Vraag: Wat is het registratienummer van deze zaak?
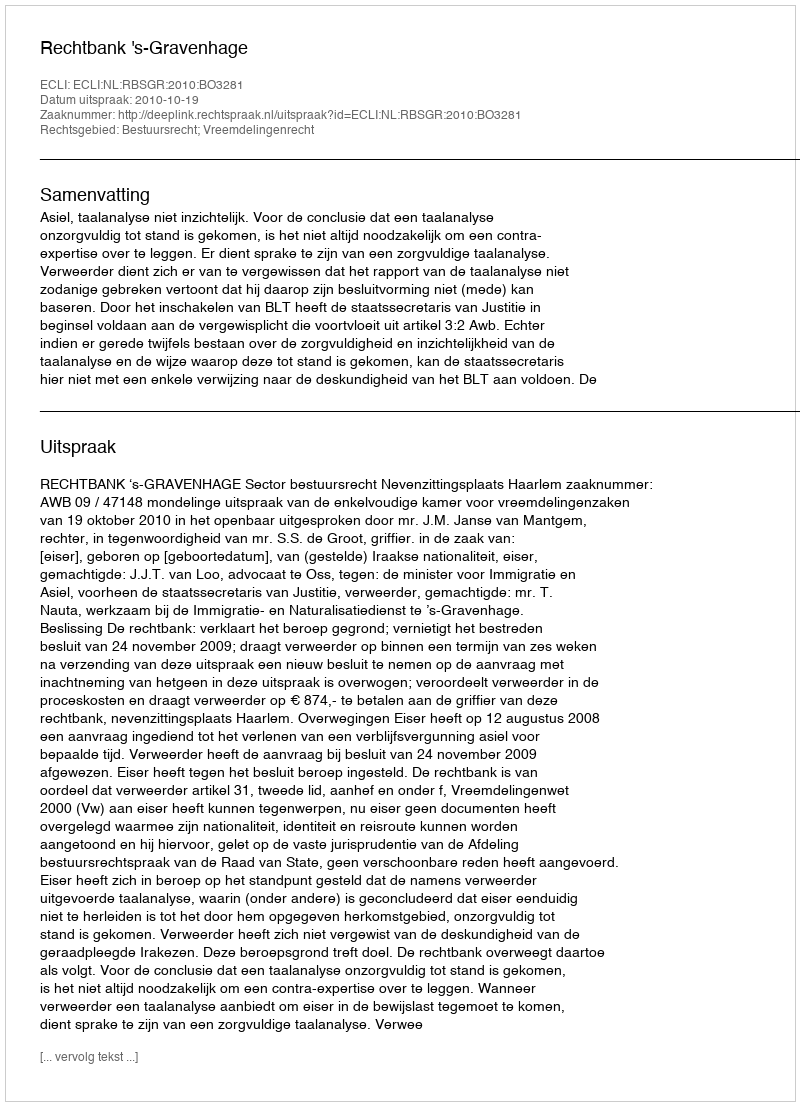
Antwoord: http://deeplink.rechtspraak.nl/uitspraak?id=ECLI:NL:RBSGR:2010:BO3281